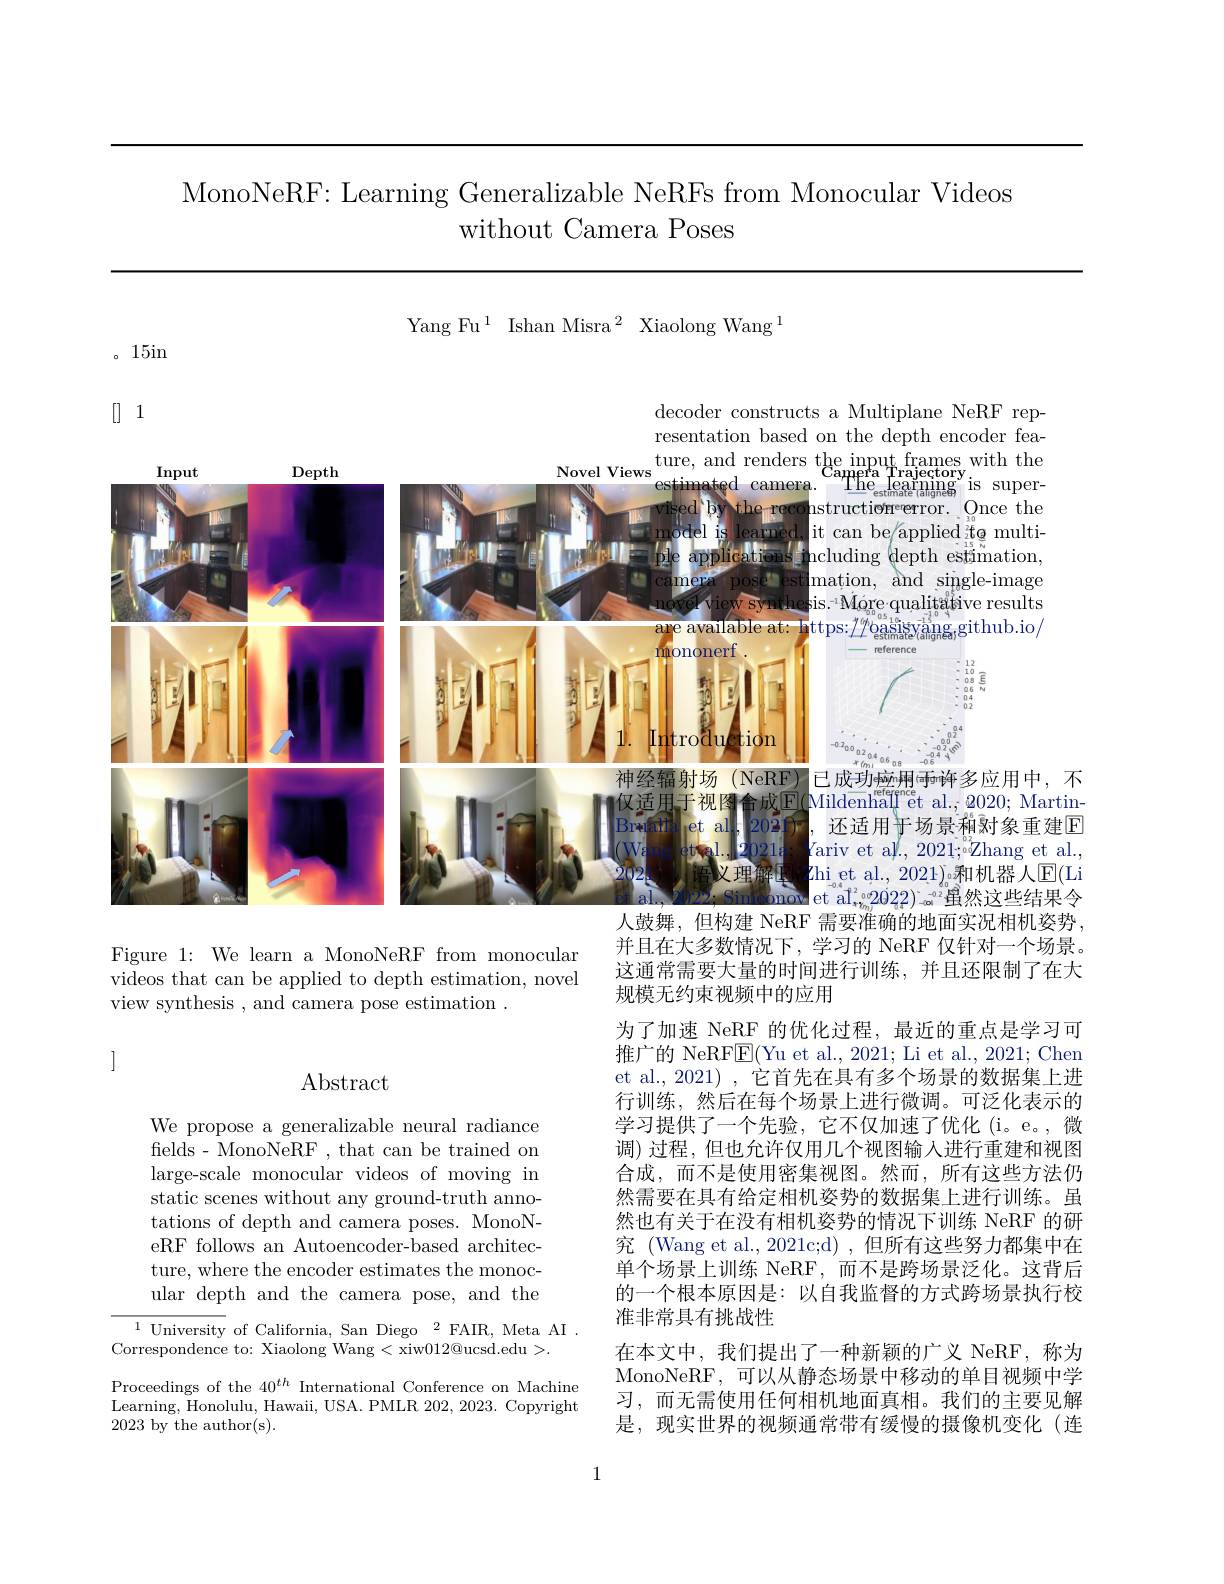
# MonoNeRF: Learning Generalizable NeRFs from Monocular Videos without Camera Poses

Yang Fu$^1$ Ishan Misra$^2$ Xiaolong Wang$^1$

<FigureHere>

Figure 1: We learn a MonoNeRF from monocular videos that can be applied to depth estimation, novel view synthesis , and camera pose estimation .

$\left]\:\right]$

## $\operatorname{Abstract}$

并且在大多数情况下，学习的 NeRF 仅针对一个场景。这通常需要大量的时间进行训练，并且还限制了在大规模无约束视频中的应用
为了加速 NeRF 的优化过程，最近的重点是学习可推广的 NeRF$\underline{\mathrm{E}}($Yu et al., 2021; Li et al., 2021; Chen et al., 2021) , 它首先在具有多个场景的数据集上进行训练，然后在每个场景上进行微调。可泛化表示的学习提供了一个先验，它不仅加速了优化(i。e。,微调) 过程，但也允许仅用几个视图输入进行重建和视图合成，而不是使用密集视图。然而，所有这些方法仍然需要在具有给定相机姿势的数据集上进行训练。虽然也有关于在没有相机姿势的情况下训练 NeRF 的研究 (Wang et al., 2021c;d) , 但所有这些努力都集中在单个场景上训练 NeRF,而不是跨场景泛化。这背后的一个根本原因是：以自我监督的方式跨场景执行校准非常具有挑战性
在本文中，我们提出了一种新颖的广义 NeRF,称为MonoNeRF,可以从静态场景中移动的单目视频中学习，而无需使用任何相机地面真相。我们的主要见解是，现实世界的视频通常带有缓慢的摄像机变化(连

We propose a generalizable neural radiance felds- MonoNeRF , that can be trained on large-scale monocular videos of moving in static scenes without any ground-truth annotations of depth and camera poses. MonoNeRF follows an Autoencoder-based architecture, where the encoder estimates the monocular depth and the camera pose, and the

$^{1}$University of California, San Diego$^2$FAIR, Meta AI.
Correspondence to: Xiaolong Wang < xiw$012@$ucsd.edu >.

Proceedings of the 40$^{th}$ International Conference on Machine Learning, Honolulu, Hawaii, USA. PMLR 202, 2023. Copyright 2023 by the author(s).

1